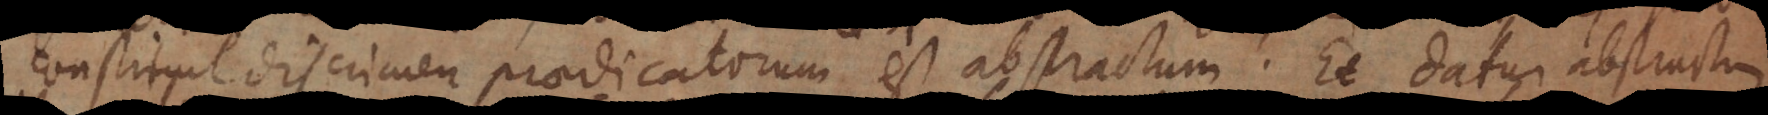
constituit discrimen praedicatorum est abstractum. Et datur abstractum